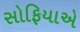
સોફિયાએ